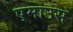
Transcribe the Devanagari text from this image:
एमाउस